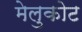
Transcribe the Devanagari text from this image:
मेलुकोट